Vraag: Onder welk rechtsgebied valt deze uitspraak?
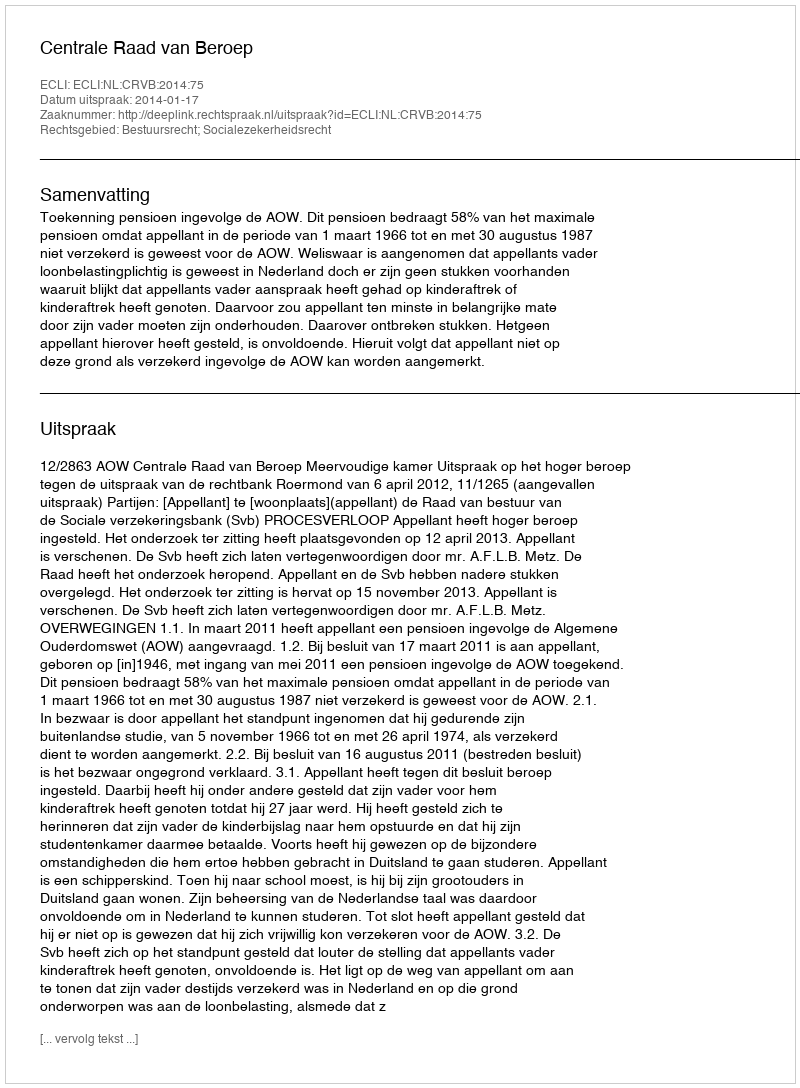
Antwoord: Bestuursrecht; Socialezekerheidsrecht